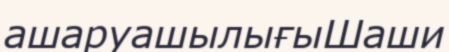
ашаруашылығыШаши